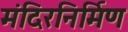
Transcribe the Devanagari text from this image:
मंदिरनिर्मिण